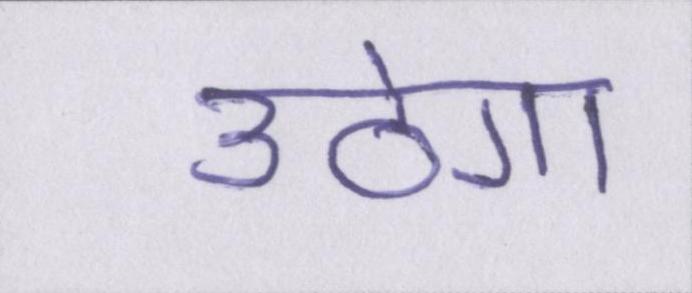
उठेगा